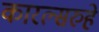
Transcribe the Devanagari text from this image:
कारल्सरुहे